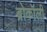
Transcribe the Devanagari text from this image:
ब्रोकॉली